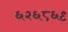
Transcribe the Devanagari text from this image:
६२६८६९